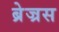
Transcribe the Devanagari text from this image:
ब्रेज्रस